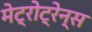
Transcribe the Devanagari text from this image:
मेट्रोट्रेन्स